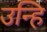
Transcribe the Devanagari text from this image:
उन्हि